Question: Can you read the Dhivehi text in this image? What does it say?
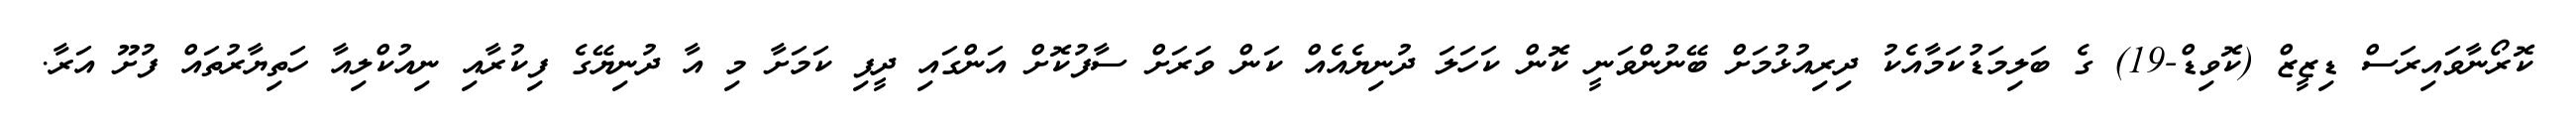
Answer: ކޮރޯނާވައިރަސް ޑިޒީޒް (ކޮވިޑް-19) ގެ ބަލިމަޑުކަމާއެކު ދިރިއުޅުމަށް ބޭނުންވަނީ ކޮން ކަހަލަ ދުނިޔެއެއް ކަން ވަރަށް ސާފުކޮށް އަންގައި ދީފި ކަމަށާ މި އާ ދުނިޔޭގެ ފިކުރާއި ނިއުކްލިއާ ހަތިޔާރުތައް ފުށޫ އަރާ.